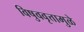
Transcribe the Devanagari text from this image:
विषुववृत्तामुळे